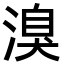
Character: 溴